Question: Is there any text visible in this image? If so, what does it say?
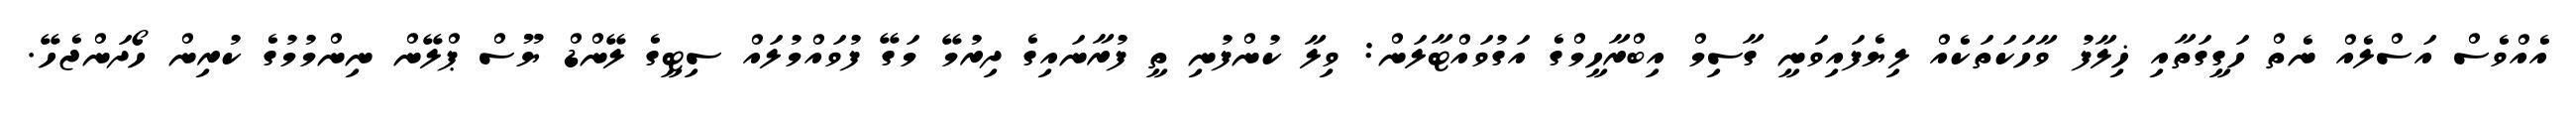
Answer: އެއްވެސް އަސްލެއް ނެތް ހަގީގަތާއި ޚިލާފު ވާހަކަތަކެއް ލިޔެފައިވަނީ ގާސިމް އިބްރާހީމްގެ އަގުވައްޓާލަން: ވިލާ ކުންފުނި ތީ ފުރާނައިގެ ދިރުމޭ މަގޭ ފުވައްމުލައް ސިޓީގެ ލޭންޑް ޔޫސް ޕްލޭން ނިންމުމުގެ ކުރިން ހޯދަންޖެހޭ.